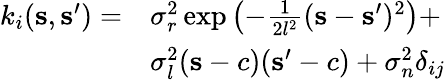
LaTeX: \begin{array}{rl}{k_{i}(\mathbf{s},\mathbf{s}^{\prime})=}&{\sigma_{r}^{2}\exp\left(-\frac{1}{2l^{2}}(\mathbf{s}-\mathbf{s}^{\prime})^{2}\right)+}\\ &{\sigma_{l}^{2}(\mathbf{s}-c)(\mathbf{s}^{\prime}-c)+\sigma_{n}^{2}\delta_{ij}}\end{array}